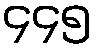
၄၄၅